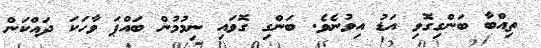
ތިއްބާ ބަންގިގޮވި އަޑު އިވުނެވެ. ބަންގި ގޮވައި ނިމުމުން ބައްޕަ ވާހަކަ ދައްކަން